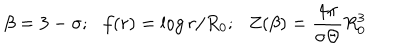
\beta = 3 - \sigma ; \, \, \, \, f ( r ) = \log r / R _ { 0 } ; \, \, \, \, Z ( \beta ) = \frac { 4 \pi } { \sigma { \Theta } } R _ { 0 } ^ { 3 }